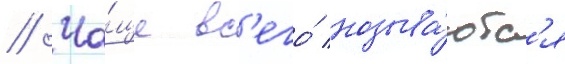
// Ча́ще вс'его́ называ́ютс'я